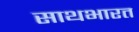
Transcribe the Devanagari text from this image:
साथभारत